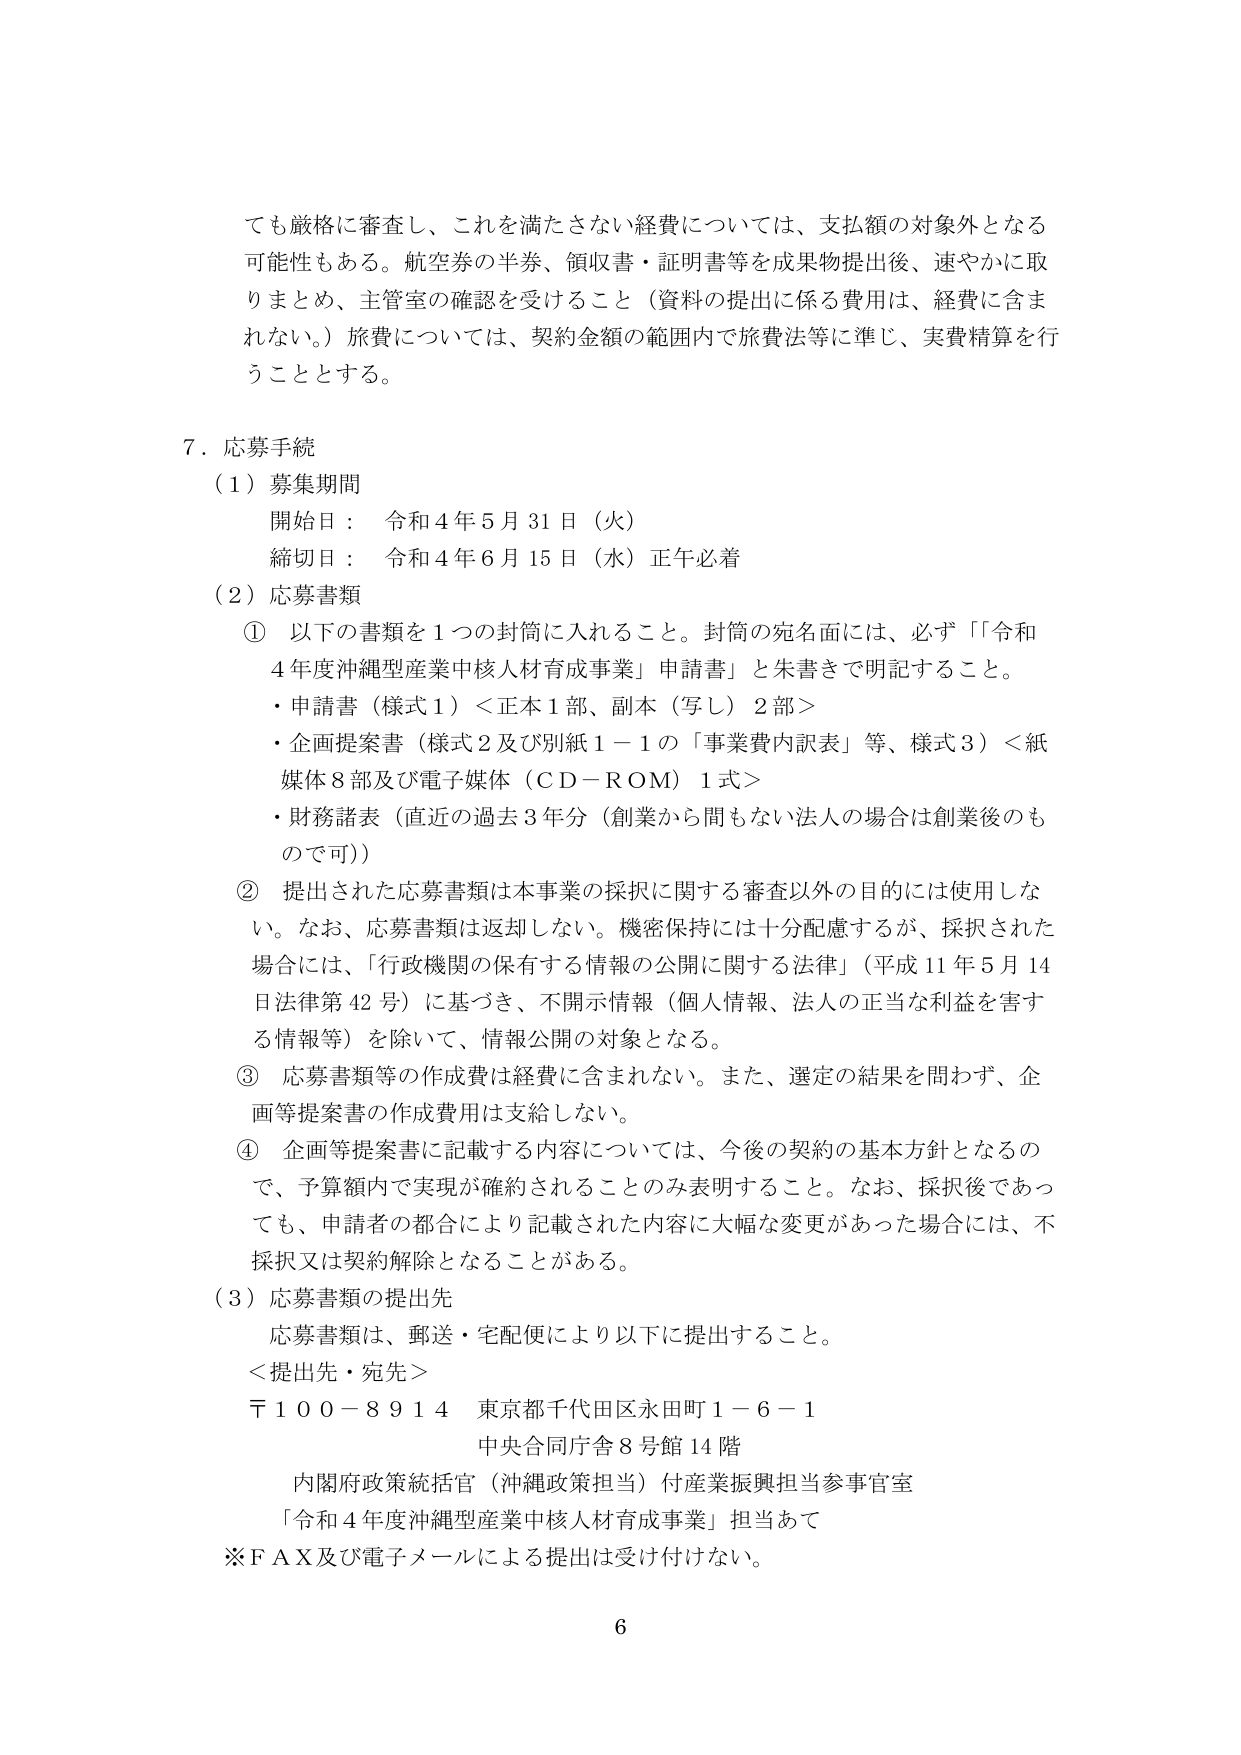
ても厳格に審査し、これを満たさない経費については、支払額の対象外となる可能性もある。航空券の半券、領収書・証明書等を成果物提出後、速やかに取りまとめ、主管室の確認を受けること（資料の提出に係る費用は、経費に含まれない。）旅費については、契約金額の範囲内で旅費法等に準じ、実費精算を行うこととする。

７．応募手続
（１）募集期間
　開始日：　令和４年５月31日（火）
　締切日：　令和４年６月15日（水）正午必着
（２）応募書類
　①　以下の書類を１つの封筒に入れるること。封筒の宛名面には、必ず「令和４年度沖縄型産業中核人材育成事業」申請書」と朱書きで明記すること。
　　・申請書（様式１）＜正本１部、副本（写し）２部＞
　　・企画提案書（様式２及び別紙１－１の「事業費内訳表」等、様式３）＜紙媒体８部及び電子媒体（ＣＤ－ＲＯＭ）１式＞
　　・財務諸表（直近の過去３年分（創業から間もない法人の場合は創業後のも ので可））
　②　提出された応募書類は本事業の採択に関する審査以外の目的には使用しない。なお、応募書類は返却しない。機密保持には十分配慮するが、採択された場合には、「行政機関の保有する情報の公開に関する法律」（平成11年５月14日法律第42号）に基づき、不開示情報（個人情報、法人の正当な利益を害する情報等）を除いて、情報公開の対象となる。
　③　応募書類等の作成費は経費に含まれない。また、選定の結果を問わず、企画等提案書の作成費用は支給しない。
　④　企画等提案書に記載する内容については、今後の契約の基本方針となるので、予算額内で実現が確約されることのみ表明すること。なお、採択後であっても、申請者の都合により記載された内容に大幅な変更があった場合には、不採択又は契約解除となることがある。
（３）応募書類の提出先
　応募書類は、郵送・宅配便により以下に提出すること。
　＜提出先・宛先＞
　〒１００－８９１４　東京都千代田区永田町１－６－１
　　　　　　　　　　　中央合同庁舎８号館14階
　　内閣府政策統括官（沖縄政策担当）付産業振興担当参事官室
　　「令和４年度沖縄型産業中核人材育成事業」担当あて
　※ＦＡＸ及び電子メールによる提出は受け付けない。

６